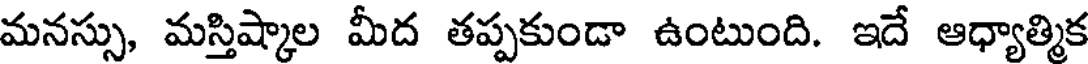
మనస్సు, మస్తిష్కాల మీద తప్పకుండా ఉంటుంది. ఇదే ఆధ్యాత్మిక